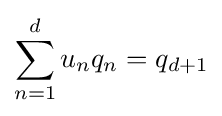
\sum _{n=1}^{d}u_{n}q_{n}=q_{d+1}